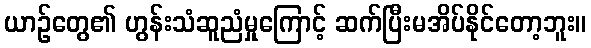
ယာဉ်တွေ၏ ဟွန်းသံဆူညံမှုကြောင့် ဆက်ပြီးမအိပ်နိုင်တော့ဘူး။